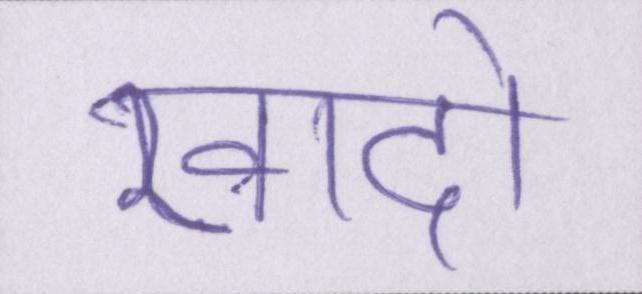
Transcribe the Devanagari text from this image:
खादों